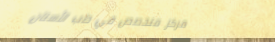
مركز متخصص في طب الأسنان